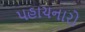
પહાચનારો